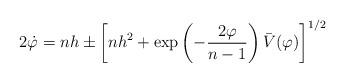
LaTeX: \begin{align*}2\dot \varphi =nh\pm \left[ nh^2+\exp \left( -\frac{2\varphi }{n-1}\right)\bar V(\varphi )\right] ^{1/2} \end{align*}